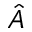
\hat { A }